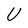
Character: U